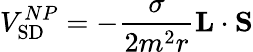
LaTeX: V_{\mathrm{SD}}^{NP}=-{\frac{\sigma}{2m^{2}r}}{\mathbf L}\cdot{\mathbf S}